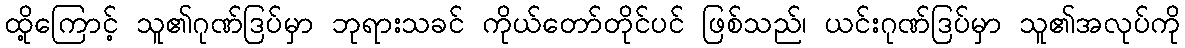
ထို့ကြောင့် သူ၏ဂုဏ်ဒြပ်မှာ ဘုရားသခင် ကိုယ်တော်တိုင်ပင် ဖြစ်သည်၊ ယင်းဂုဏ်ဒြပ်မှာ သူ၏အလုပ်ကို